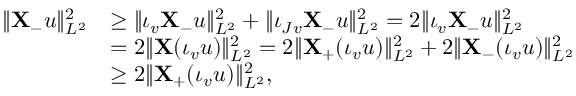
\begin{array} { r l } { \| \mathbf { X } _ { - } u \| _ { L ^ { 2 } } ^ { 2 } } & { \geq \| \iota _ { v } \mathbf { X } _ { - } u \| _ { L ^ { 2 } } ^ { 2 } + \| \iota _ { J v } \mathbf { X } _ { - } u \| _ { L ^ { 2 } } ^ { 2 } = 2 \| \iota _ { v } \mathbf { X } _ { - } u \| _ { L ^ { 2 } } ^ { 2 } } \\ & { = 2 \| \mathbf { X } ( \iota _ { v } u ) \| _ { L ^ { 2 } } ^ { 2 } = 2 \| \mathbf { X } _ { + } ( \iota _ { v } u ) \| _ { L ^ { 2 } } ^ { 2 } + 2 \| \mathbf { X } _ { - } ( \iota _ { v } u ) \| _ { L ^ { 2 } } ^ { 2 } } \\ & { \geq 2 \| \mathbf { X } _ { + } ( \iota _ { v } u ) \| _ { L ^ { 2 } } ^ { 2 } , } \end{array}